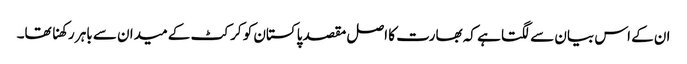
ان کے اس بیان سے لگتا ہے کہ بھارت کا اصل مقصد پاکستان کو کرکٹ کے میدان سے باہر رکھنا تھا۔